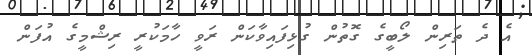
އެ ދެ ތަރިން ލޯބީގެ ގޮތުން ގުޅިފައިވާކަން ރަވީ ހާމަކުރީ ރިޝްމީގެ އުފަން